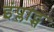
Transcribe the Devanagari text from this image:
इंप्लांट्स